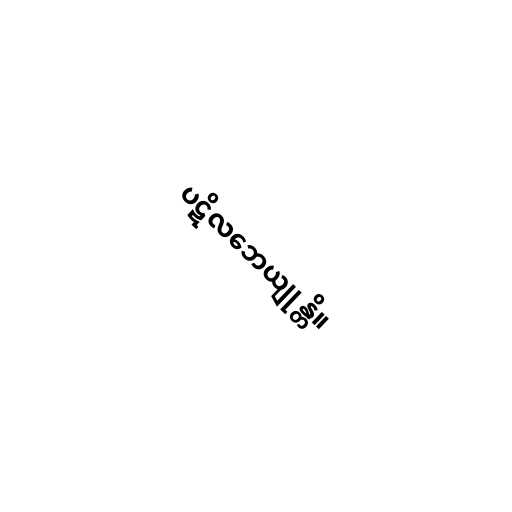
ပဋိလဘေယျုန္တိ။